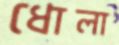
ধোলা